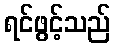
ရင်ဖွင့်သည်